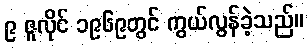
၉ ဇူလိုင် ၁၉၆၉တွင် ကွယ်လွန်ခဲ့သည်။